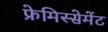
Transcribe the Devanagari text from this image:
फ्रेमिस्सेमेंट